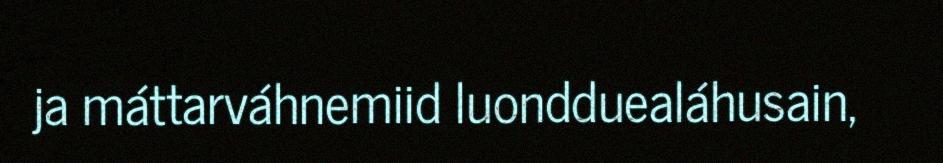
ja máttarváhnemiid luondduealáhusain,